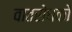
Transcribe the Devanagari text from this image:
वातरोधकों